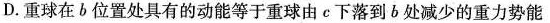
D.重球在b位置处具有的动能等于重球由e下落到b处减少的重力势能